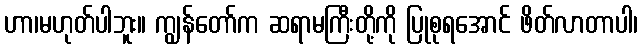
ဟာ၊မဟုတ်ပါဘူး။ ကျွန်တော်က ဆရာမကြီးတို့ကို ပြုစုရအောင် ဖိတ်လာတာပါ၊